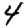
Digit: 4